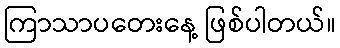
ကြာသာပတေးနေ့ ဖြစ်ပါတယ်။